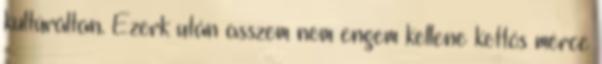
kultúráltan. Ezerk után asszem nem engem kellene kettős mérce